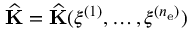
\widehat { \bf K } = \widehat { \bf K } ( \boldsymbol \xi ^ { ( 1 ) } , \dots , \boldsymbol \xi ^ { ( n _ { \mathrm { e } } ) } )